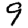
Digit: 9